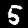
Label: 5